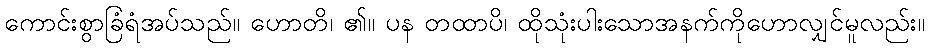
ကောင်းစွာခြံရံအပ်သည်။ ဟောတိ၊ ၏။ ပန တထာပိ၊ ထိုသုံးပါးသောအနက်ကိုဟောလျှင်မူလည်း။